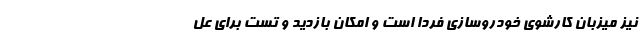
نیز میزبان کارشوی خودروسازی فردا است و امکان بازدید و تست برای عل